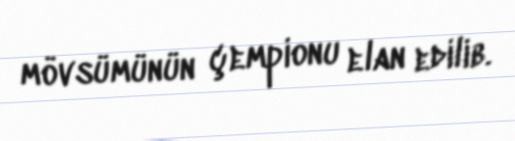
mövsümünün çempionu elan edilib.